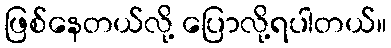
ဖြစ်နေတယ်လို့ ပြောလို့ရပါတယ်။